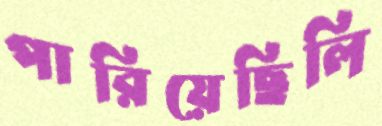
পারিয়েছিলি